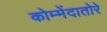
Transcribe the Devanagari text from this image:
कोम्मेंदातोरे